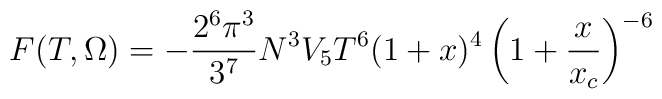
F (T,\Omega)  = -\frac{2^6 \pi^3}{3^7} N^3  V_5 T^6 (1+x)^{4}\left( 1 + \frac{x }{x_c} \right)^{-6}